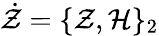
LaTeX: \dot{\mathcal Z}=\{ \mathcal{Z},\mathcal{H}\} _{2}